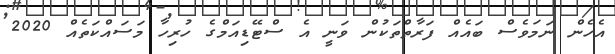
އެހެން ނަމަވެސް ބައެއް ފަރާތްތަކުން ވަނީ އެ ސްޓޭޑިއަމްގެ ހުރިހާ މަސައްކަތެއް 2020